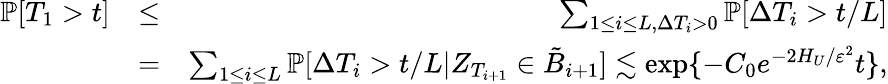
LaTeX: \begin{array}{rlr}{\mathbb{P}[T_{1}>t]}&{\le}&{\sum_{1\le i\le L,\Delta T_{i}>0}\mathbb{P}[\Delta T_{i}>t/L]}\\ &{=}&{\sum_{1\le i\le L}\mathbb{P}[\Delta T_{i}>t/L|Z_{T_{i+1}}\in\tilde{B}_{i+1}]\lesssim\exp\{ -C_{0}e^{-2H_{U}/\varepsilon^{2}}t\} ,}\end{array}